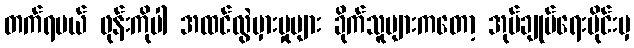
တက်ရမယ် ဖုန်းကိုပါ အထင်လွဲမှားမှုများ ခိုက်သူများကတော့ အုပ်ချုပ်ရေးပိုင်းမှ